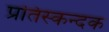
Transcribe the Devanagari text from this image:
प्रतिस्कन्दक